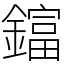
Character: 𨬬